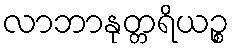
လာဘာနုတ္တရိယဉ္စ